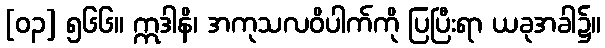
[၀၃] ၅၆၆။ ဣဒါနိ၊ အကုသလဝိပါက်ကို ပြပြီးရာ ယခုအခါ၌။